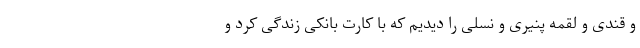
و قندی و لقمه پنیری و نسلی را دیدیم که با کارت بانکی زندگی کرد و